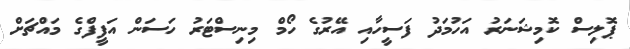
ޕޮލިސް ކޮމިޝަނަރު އަހުމަދު ފަސީހާއި އޭރުގެ ހޯމް މިނިސްޓަރު ހަސަން އަފީފްގެ މައްޗަށް